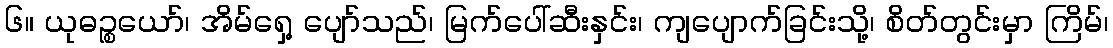
၆။ ယုဓဉ္စယော်၊ အိမ်ရှေ့ ပျော်သည်၊ မြက်ပေါ်ဆီးနှင်း၊ ကျပျောက်ခြင်းသို့၊ စိတ်တွင်းမှာ ကြိမ်၊